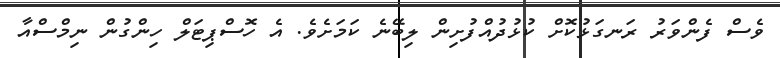
ވެސް ފެންވަރު ރަނގަޅުކޮށް ކުޅުދުއްފުށިން ލިބޭނެ ކަމަށެވެ. އެ ހޮސްޕިޓަލް ހިންގުން ނިމްސްއާ